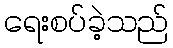
ရေးစပ်ခဲ့သည်